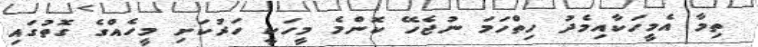
ތިމާ އެމީހަކާއިމެދު ހިތްހަމަ ނުޖެހޭ ކޮންމެ މީހަކީ ހަރުކަށި މީހެއްގެ ގޮތުގައި